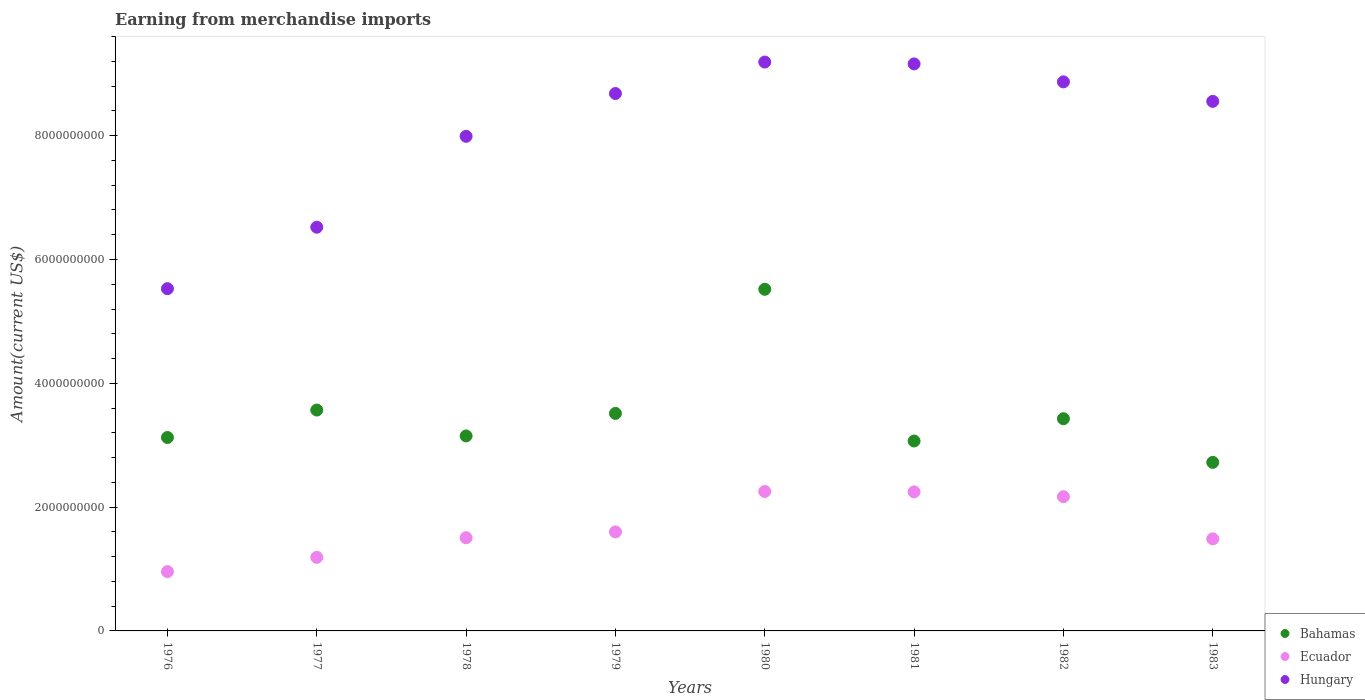
| Years | Bahamas | Ecuador | Hungary |
 | --- | --- | --- | --- |
 | 1976 | 3.12e+09 | 9.58e+08 | 5.53e+09 |
 | 1977 | 3.57e+09 | 1.19e+09 | 6.52e+09 |
 | 1978 | 3.15e+09 | 1.51e+09 | 7.99e+09 |
 | 1979 | 3.51e+09 | 1.6e+09 | 8.68e+09 |
 | 1980 | 5.52e+09 | 2.25e+09 | 9.19e+09 |
 | 1981 | 3.07e+09 | 2.25e+09 | 9.16e+09 |
 | 1982 | 3.43e+09 | 2.17e+09 | 8.87e+09 |
 | 1983 | 2.72e+09 | 1.49e+09 | 8.56e+09 |